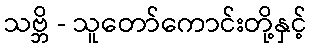
သဗ္ဘိ - သူတော်ကောင်းတို့နှင့်